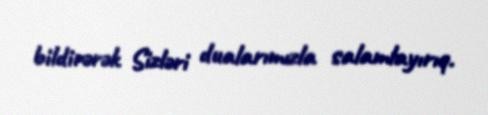
bildirərək Sizləri dualarımızla salamlayırıq.